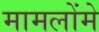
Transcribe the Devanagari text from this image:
मामलोंमे